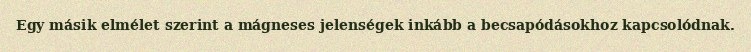
Egy másik elmélet szerint a mágneses jelenségek inkább a becsapódásokhoz kapcsolódnak.